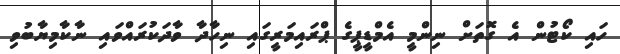
ހައި ކޯޓުން އެ ގޮތަށް ނިންމީ އެމްޑީޕީގެ ޕްރައިމަރީގައި ނިހާދާ ވާދަކުރައްވައި ނާކާމިޔާބުވި